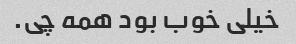
خیلی خوب بود همه چی.